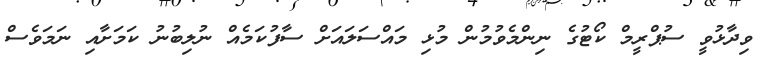
ވިދާޅުވީ ސުޕްރީމް ކޯޓުގެ ނިންމެވުމުން މުޅި މައްސަލައަށް ސާފުކަމެއް ނުލިބުނު ކަމަށާއި ނަމަވެސް